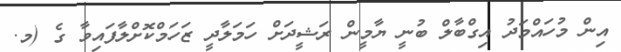
އިން މުހައްމަދު އިގްބާލް ބުނީ ޔާމީން ރަޝީދަށް ހަމަލާދީ ޒަހަމްކޮށްލާފައިވާ ގެ (މ.